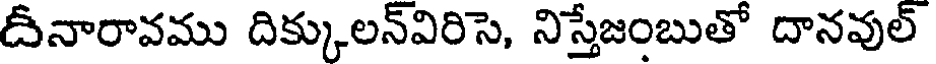
దీనారావము దిక్కులన్విరిసె, నిస్తేజంబుతో దానవుల్